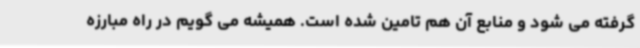
گرفته می شود و منابع آن هم تامین شده است. همیشه می گویم در راه مبارزه